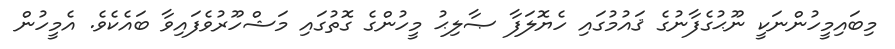
މިބައިމީހުންނަކީ ނޫޙުގެފާނުގެ ޤައުމުގައި ހެޔޮލަފާ ޞާލިޙު މީހުންގެ ގޮތުގައި މަޝްހޫރުވެފައިވާ ބައެކެވެ. އެމީހުން